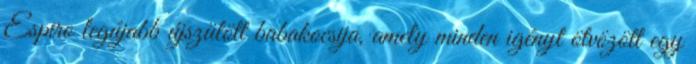
Espiro legújabb újszülött babakocsija, amely minden igényt ötvözött egy